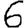
Digit: 6